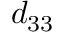
d _ { 3 3 }